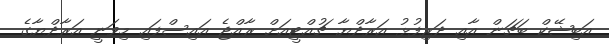
އަބިޝޭކް ބަޗަން އާއި ދަރިފުޅު އަރާދްޔާ ޗުއްޓީއަށް ރާއްޖެ އައިސްފައި މިވަނީ އަރާދްޔާގެ